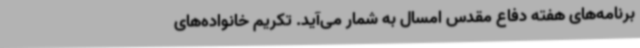
برنامه‌های هفته دفاع مقدس امسال به شمار می‌آید. تکریم خانواده‌های